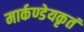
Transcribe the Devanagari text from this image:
मार्कण्डेयकृतं